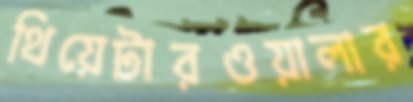
থিয়েটারওয়ালার